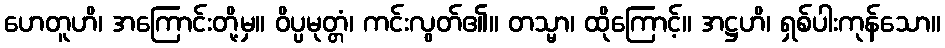
ဟေတူဟိ၊ အကြောင်းတို့မှ။ ဝိပ္ပမုတ္တံ၊ ကင်းလွတ်၏။ တသ္မာ၊ ထိုကြောင့်။ အဋ္ဌဟိ၊ ရှစ်ပါးကုန်သော။